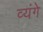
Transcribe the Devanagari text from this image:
व्यंगे